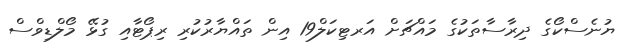
ޔުނެސްކޯގެ ދިރާސާތަކުގެ މައްޗަށް އަރޓިކަލް19 އިން ތައްޔާރުކުރި ރިޕޯޓާއި ގުޅޭ މޯލްޑިވްސް